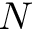
N